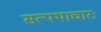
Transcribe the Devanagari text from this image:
सत्पथाचारः